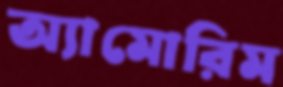
অ্যামোরিম